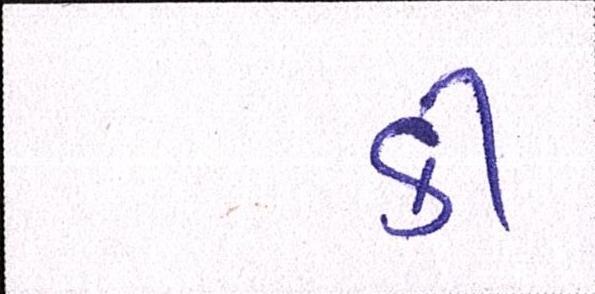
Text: કી